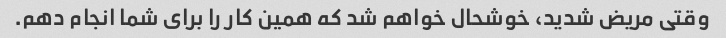
وقتی مریض شدید، خوشحال خواهم شد که همین کار را برای شما انجام دهم.